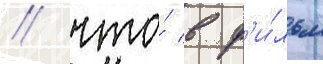
/ что́ в ф'и́льм